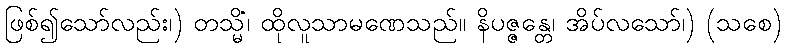
ဖြစ်၍သော်လည်း၊) တသ္မိံ၊ ထိုလူသာမဏေသည်။ နိပဇ္ဇန္တေ၊ အိပ်လသော်၊) (သစေ)